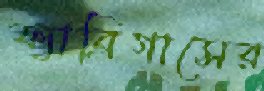
ফ্যাব্রিগাসের